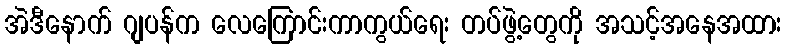
အဲဒီနောက် ဂျပန်က လေကြောင်းကာကွယ်ရေး တပ်ဖွဲ့တွေကို အသင့်အနေအထား